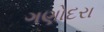
ગણોદરા